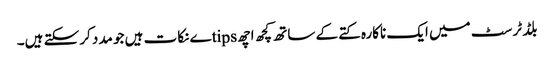
بلڈ ٹرسٹ میں ایک ناکارہ کتے کے ساتھ کچھ اچھ tipsے نکات ہیں جو مدد کرسکتے ہیں۔